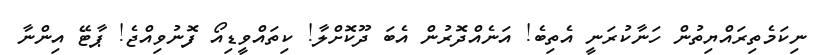
ނިކަމެތިރައްޔިތުން ހަނާކުރަނީ އެތިބެ! އަނެއްދޮރުން އެބަ ދޫކޮށްލާ! ކިތައްވީޑިއޯ ފޮނުވިއްޖެ! ޕާޓޭ އިންނާ